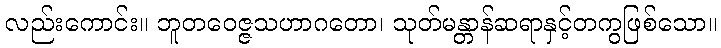
လည်းကောင်း။ ဘူတဝေဇ္ဇသဟာဂတော၊ သုတ်မန္တာန်ဆရာနှင့်တကွဖြစ်သော။